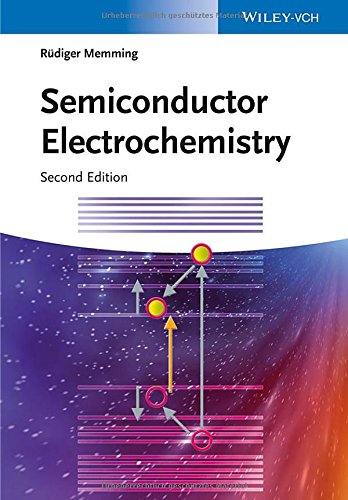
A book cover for Semiconductor Electrochemistry; RÃ¼diger Memming; Science & Math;